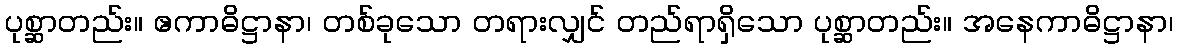
ပုစ္ဆာတည်း။ ဧကာဓိဋ္ဌာနာ၊ တစ်ခုသော တရားလျှင် တည်ရာရှိသော ပုစ္ဆာတည်း။ အနေကာဓိဋ္ဌာနာ၊